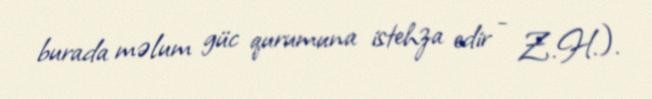
burada məlum güc qurumuna istehza edir - Z.H.).